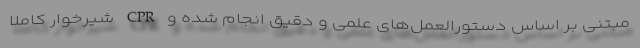
مبتنی بر اساس دستورالعمل‌های علمی و دقیق انجام شده و CPR شیرخوار کاملا